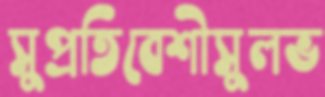
সুপ্রতিবেশীসুলভ